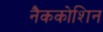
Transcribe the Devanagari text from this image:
नैककोशिन